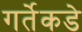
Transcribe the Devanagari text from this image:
गर्तेकडे